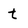
Character: t